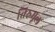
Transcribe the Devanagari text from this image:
तिरुमूल